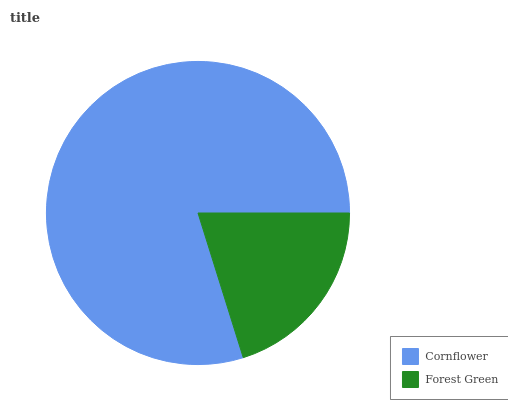
| Cornflower | Forest Green |
 | --- | --- |
 | 79.8% | 20.2% |